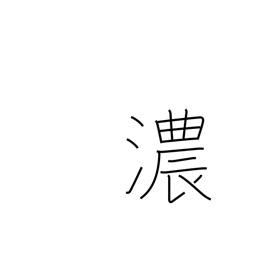
Meaning: undiluted